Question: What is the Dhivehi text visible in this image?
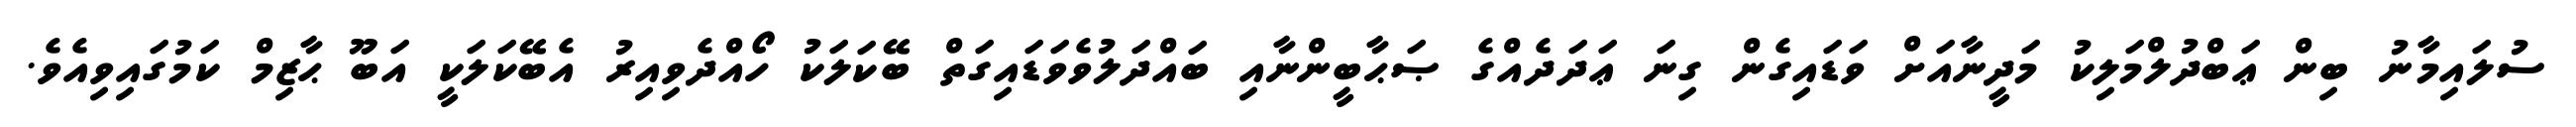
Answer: ސުލައިމާނު ބިން ޢަބްދުލްމަލިކު މަދީނާއަށް ވަޑައިގެން ގިނަ ޢަދަދެއްގެ ޞަޙާބީންނާއި ބައްދަލުވެވަޑައިގަތް ބޭކަލަކު ހޯއްދެވިއިރު އެބޭކަލަކީ އަބޫ ޙާޒިމް ކަމުގައިވިއެވެ.